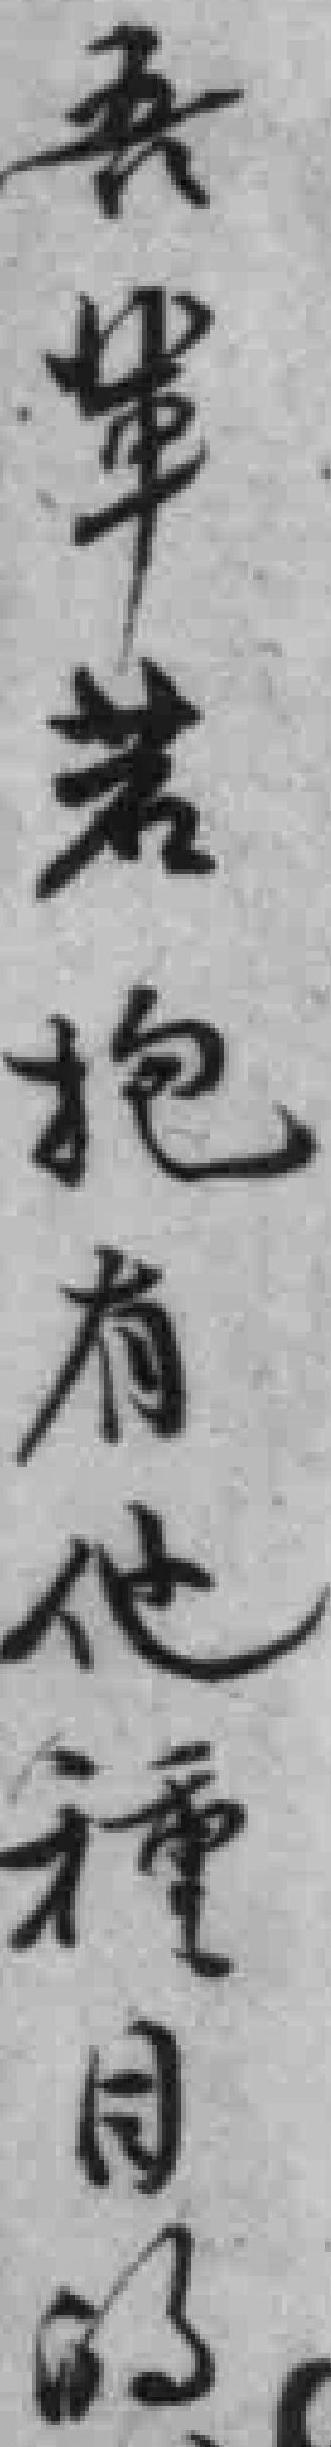
吾辈若抱有他種目的